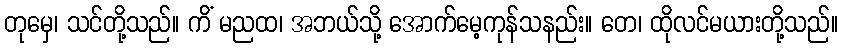
တုမှေ၊ သင်တို့သည်။ ကိံ မညထ၊ အဘယ်သို့ အောက်မေ့ကုန်သနည်း။ တေ၊ ထိုလင်မယားတို့သည်။